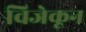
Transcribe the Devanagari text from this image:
विजेकून